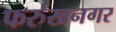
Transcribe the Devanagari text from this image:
फर्रुखनगर